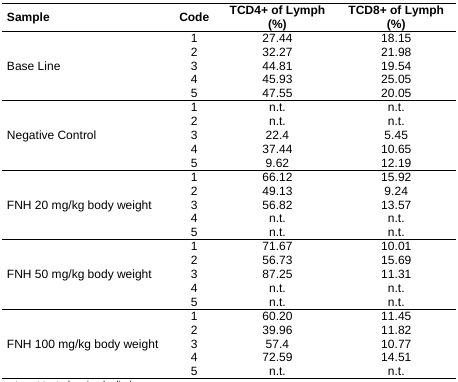
| Sample | Code | TCD4+ of Lymph (%) | TCD8+ of Lymph (%) |
 | --- | --- | --- | --- |
 | <ROWSPAN=5> Base Line | 1 | 27.44 | 18.15 |
 | 2 | 32.27 | 21.98 |
 | 3 | 44.81 | 19.54 |
 | 4 | 45.93 | 25.05 |
 | 5 | 47.55 | 20.05 |
 | <ROWSPAN=5> Negative Control | 1 | n.t. | n.t. |
 | 2 | n.t. | n.t. |
 | 3 | 22.4 | 5.45 |
 | 4 | 37.44 | 10.65 |
 | 5 | 9.62 | 12.19 |
 | <ROWSPAN=5> FNH 20 mg/kg body weight | 1 | 66.12 | 15.92 |
 | 2 | 49.13 | 9.24 |
 | 3 | 56.82 | 13.57 |
 | 4 | n.t. | n.t. |
 | 5 | n.t. | n.t. |
 | <ROWSPAN=5> FNH 50 mg/kg body weight | 1 | 71.67 | 10.01 |
 | 2 | 56.73 | 15.69 |
 | 3 | 87.25 | 11.31 |
 | 4 | n.t. | n.t. |
 | 5 | n.t. | n.t. |
 | <ROWSPAN=5> FNH 100 mg/kg body weight | 1 | 60.20 | 11.45 |
 | 2 | 39.96 | 11.82 |
 | 3 | 57.4 | 10.77 |
 | 4 | 72.59 | 14.51 |
 | 5 | n.t. | n.t. |